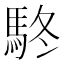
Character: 𩢦